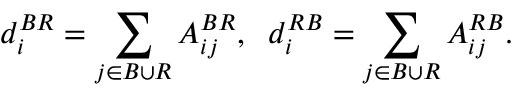
d _ { i } ^ { B R } = \sum _ { j \in { \cal B } \cup { \cal R } } { \cal A } _ { i j } ^ { B R } , \; \; d _ { i } ^ { R B } = \sum _ { j \in { \cal B } \cup { \cal R } } { \cal A } _ { i j } ^ { R B } .